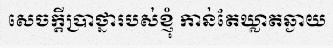
សេចក្តីប្រាថ្នារបស់ខ្ញុំ កាន់តែឃ្លាតឆ្ងាយ